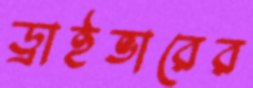
ড্রাইভারের